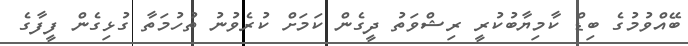
ބޭއްވުމުގެ ބިޑް ކާމިޔާބުކުރީ ރިޝްވަތު ދީގެން ކަމަށް ކުރެވުނު ތުހުމަތާ ގުޅިގެން ފީފާގެ